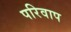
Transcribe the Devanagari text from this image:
परिवाप